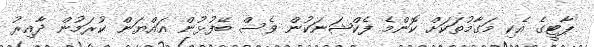
ޕާޓީގެ އެކި މަގާމުތަކަށް ކޮންމެ ފެކްޝަނަކުން ވެސް ބޭފުޅުން އައްޔަން ކުރަމުން ދާއިރު